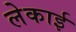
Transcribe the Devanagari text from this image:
लेकाई